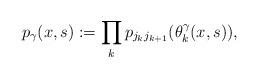
LaTeX: \begin{align*}p_{\gamma}(x,s) := \prod_{k } p_{{j_k}{j_{k+1}}}(\theta^\gamma_{k}(x,s)),\end{align*}